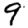
Digit: 9